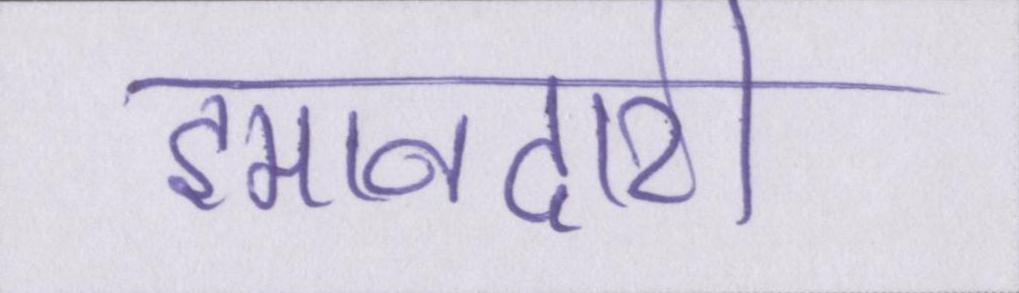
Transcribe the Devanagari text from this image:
इमानदारी